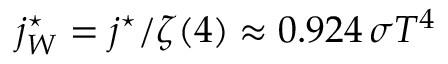
j _ { W } ^ { \star } = j ^ { \star } / \zeta ( 4 ) \approx 0 . 9 2 4 \, \sigma T ^ { 4 } \!